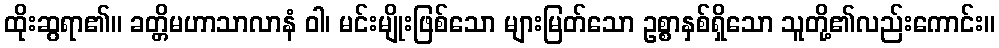
ထိုးဆွရာ၏။ ခတ္တိမဟာသာလာနံ ဝါ၊ မင်းမျိုးဖြစ်သော များမြတ်သော ဥစ္စာနှစ်ရှိသော သူတို့၏လည်းကောင်း။